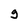
Character: g